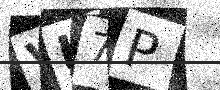
Text: VK7P